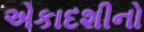
એકાદશીનો